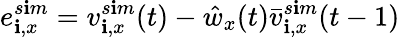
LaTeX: e_{\mathbf{i},x}^{s\mathbf{i}m}=v_{\mathbf{i},x}^{s\mathbf{i}m}(t)-\hat{{w}}_{x}(t)\bar{{v}}_{\mathbf{i},x}^{s\mathbf{i}m}(t-1)